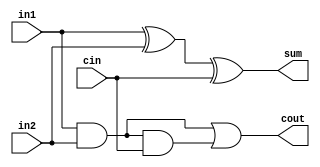
`timescale 1ns / 1ps
//////////////////////////////////////////////////////////////////////////////////
// 
// Module Name: full_adder
//////////////////////////////////////////////////////////////////////////////////


module full_adder(
    in1, in2, cin, sum, cout);
    input in1, in2, cin;
    output sum, cout;
    wire xor_in1in2;
    wire and_in1in2;
    wire and_in1in2cin;
    xor g1 (xor_in1in2, in1, in2);    
    xor g2 (sum, xor_in1in2, cin);    
    and g3 (and_in1in2, in1, in2); 
    and g4 (and_in1in2cin,and_in1in2, cin); 
    or  g5 (cout, and_in1in2, and_in1in2cin);
endmodule